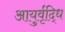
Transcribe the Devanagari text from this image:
आयुर्वृद्धि